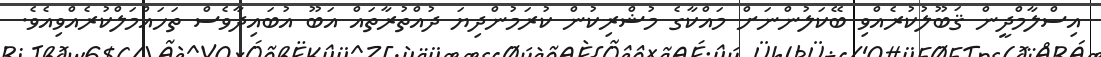
އިސްލާމްދީން ޤަބޫލުކުރެއްވި ބޭކަލުންނަށް މައްކާގެ މުޝްރިކުން ކުރަމުންދިޔަ ދުއްތުރާތައް އަބޫ އުބައިދާވެސް ތަހައްމަލްކުރެއްވިއެވެ.